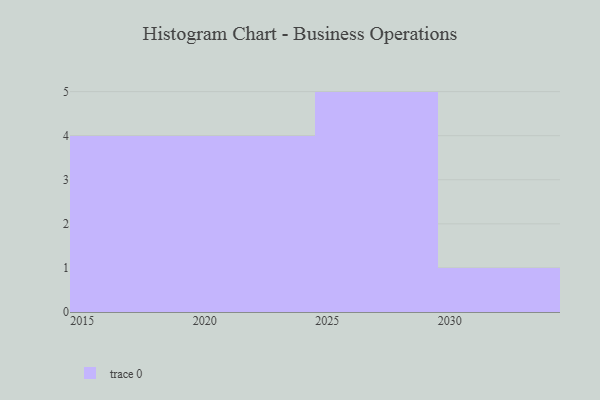
{"axis": {"x": "Year", "y": "Latency (ms)"}, "legend": [""], "data": [{"x": "2026", "y": 96, "type": ""}, {"x": "2022", "y": 43, "type": ""}, {"x": "2017", "y": 62, "type": ""}, {"x": "2028", "y": 62, "type": ""}, {"x": "2018", "y": 49, "type": ""}, {"x": "2029", "y": 56, "type": ""}, {"x": "2019", "y": 64, "type": ""}, {"x": "2021", "y": 16, "type": ""}, {"x": "2030", "y": 77, "type": ""}, {"x": "2025", "y": 76, "type": ""}, {"x": "2020", "y": 56, "type": ""}, {"x": "2023", "y": 48, "type": ""}, {"x": "2015", "y": 41, "type": ""}, {"x": "2027", "y": 42, "type": ""}]}